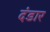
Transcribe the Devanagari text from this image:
दंडार